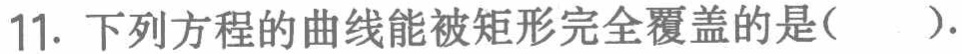
11. 下列方程的曲线能被矩形完全覆盖的是( ).